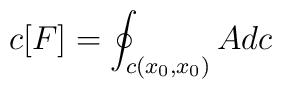
c[F]=\oint_{c(x_{0},x_{0})} A dc